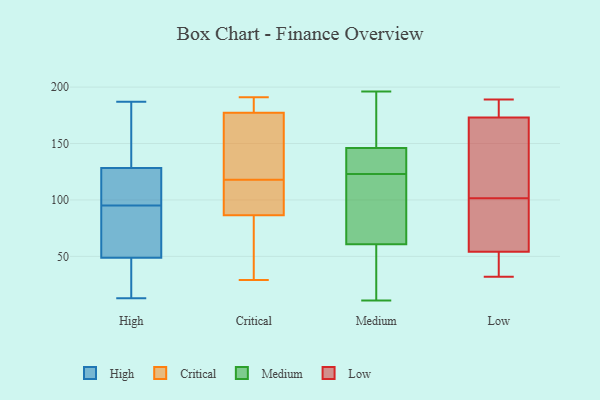
{"axis": {"x": "Temperature (°C)", "y": "Value"}, "legend": ["Critical", "High", "Low", "Medium"], "data": [{"x": "", "y": 51, "type": "High"}, {"x": "", "y": 123, "type": "High"}, {"x": "", "y": 31, "type": "High"}, {"x": "", "y": 186, "type": "High"}, {"x": "", "y": 60, "type": "High"}, {"x": "", "y": 13, "type": "High"}, {"x": "", "y": 129, "type": "High"}, {"x": "", "y": 187, "type": "High"}, {"x": "", "y": 37, "type": "High"}, {"x": "", "y": 54, "type": "High"}, {"x": "", "y": 68, "type": "High"}, {"x": "", "y": 126, "type": "High"}, {"x": "", "y": 112, "type": "High"}, {"x": "", "y": 25, "type": "High"}, {"x": "", "y": 48, "type": "High"}, {"x": "", "y": 132, "type": "High"}, {"x": "", "y": 95, "type": "High"}, {"x": "", "y": 109, "type": "High"}, {"x": "", "y": 178, "type": "High"}, {"x": "", "y": 185, "type": "Critical"}, {"x": "", "y": 120, "type": "Critical"}, {"x": "", "y": 36, "type": "Critical"}, {"x": "", "y": 97, "type": "Critical"}, {"x": "", "y": 84, "type": "Critical"}, {"x": "", "y": 29, "type": "Critical"}, {"x": "", "y": 183, "type": "Critical"}, {"x": "", "y": 118, "type": "Critical"}, {"x": "", "y": 94, "type": "Critical"}, {"x": "", "y": 191, "type": "Critical"}, {"x": "", "y": 160, "type": "Critical"}, {"x": "", "y": 144, "type": "Medium"}, {"x": "", "y": 106, "type": "Medium"}, {"x": "", "y": 196, "type": "Medium"}, {"x": "", "y": 141, "type": "Medium"}, {"x": "", "y": 11, "type": "Medium"}, {"x": "", "y": 152, "type": "Medium"}, {"x": "", "y": 117, "type": "Medium"}, {"x": "", "y": 169, "type": "Medium"}, {"x": "", "y": 43, "type": "Medium"}, {"x": "", "y": 123, "type": "Medium"}, {"x": "", "y": 61, "type": "Medium"}, {"x": "", "y": 60, "type": "Medium"}, {"x": "", "y": 124, "type": "Medium"}, {"x": "", "y": 158, "type": "Low"}, {"x": "", "y": 118, "type": "Low"}, {"x": "", "y": 176, "type": "Low"}, {"x": "", "y": 85, "type": "Low"}, {"x": "", "y": 56, "type": "Low"}, {"x": "", "y": 56, "type": "Low"}, {"x": "", "y": 184, "type": "Low"}, {"x": "", "y": 32, "type": "Low"}, {"x": "", "y": 52, "type": "Low"}, {"x": "", "y": 189, "type": "Low"}, {"x": "", "y": 36, "type": "Low"}, {"x": "", "y": 170, "type": "Low"}]}